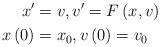
LaTeX: \begin{align*}x^{\prime} & =v,v^{\prime}=F\left( x,v\right) \\x\left( 0\right) & =x_{0},v\left( 0\right) =v_{0}\end{align*}